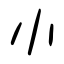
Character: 小